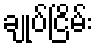
ချုပ်ငြိမ်း